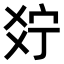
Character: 𤕞